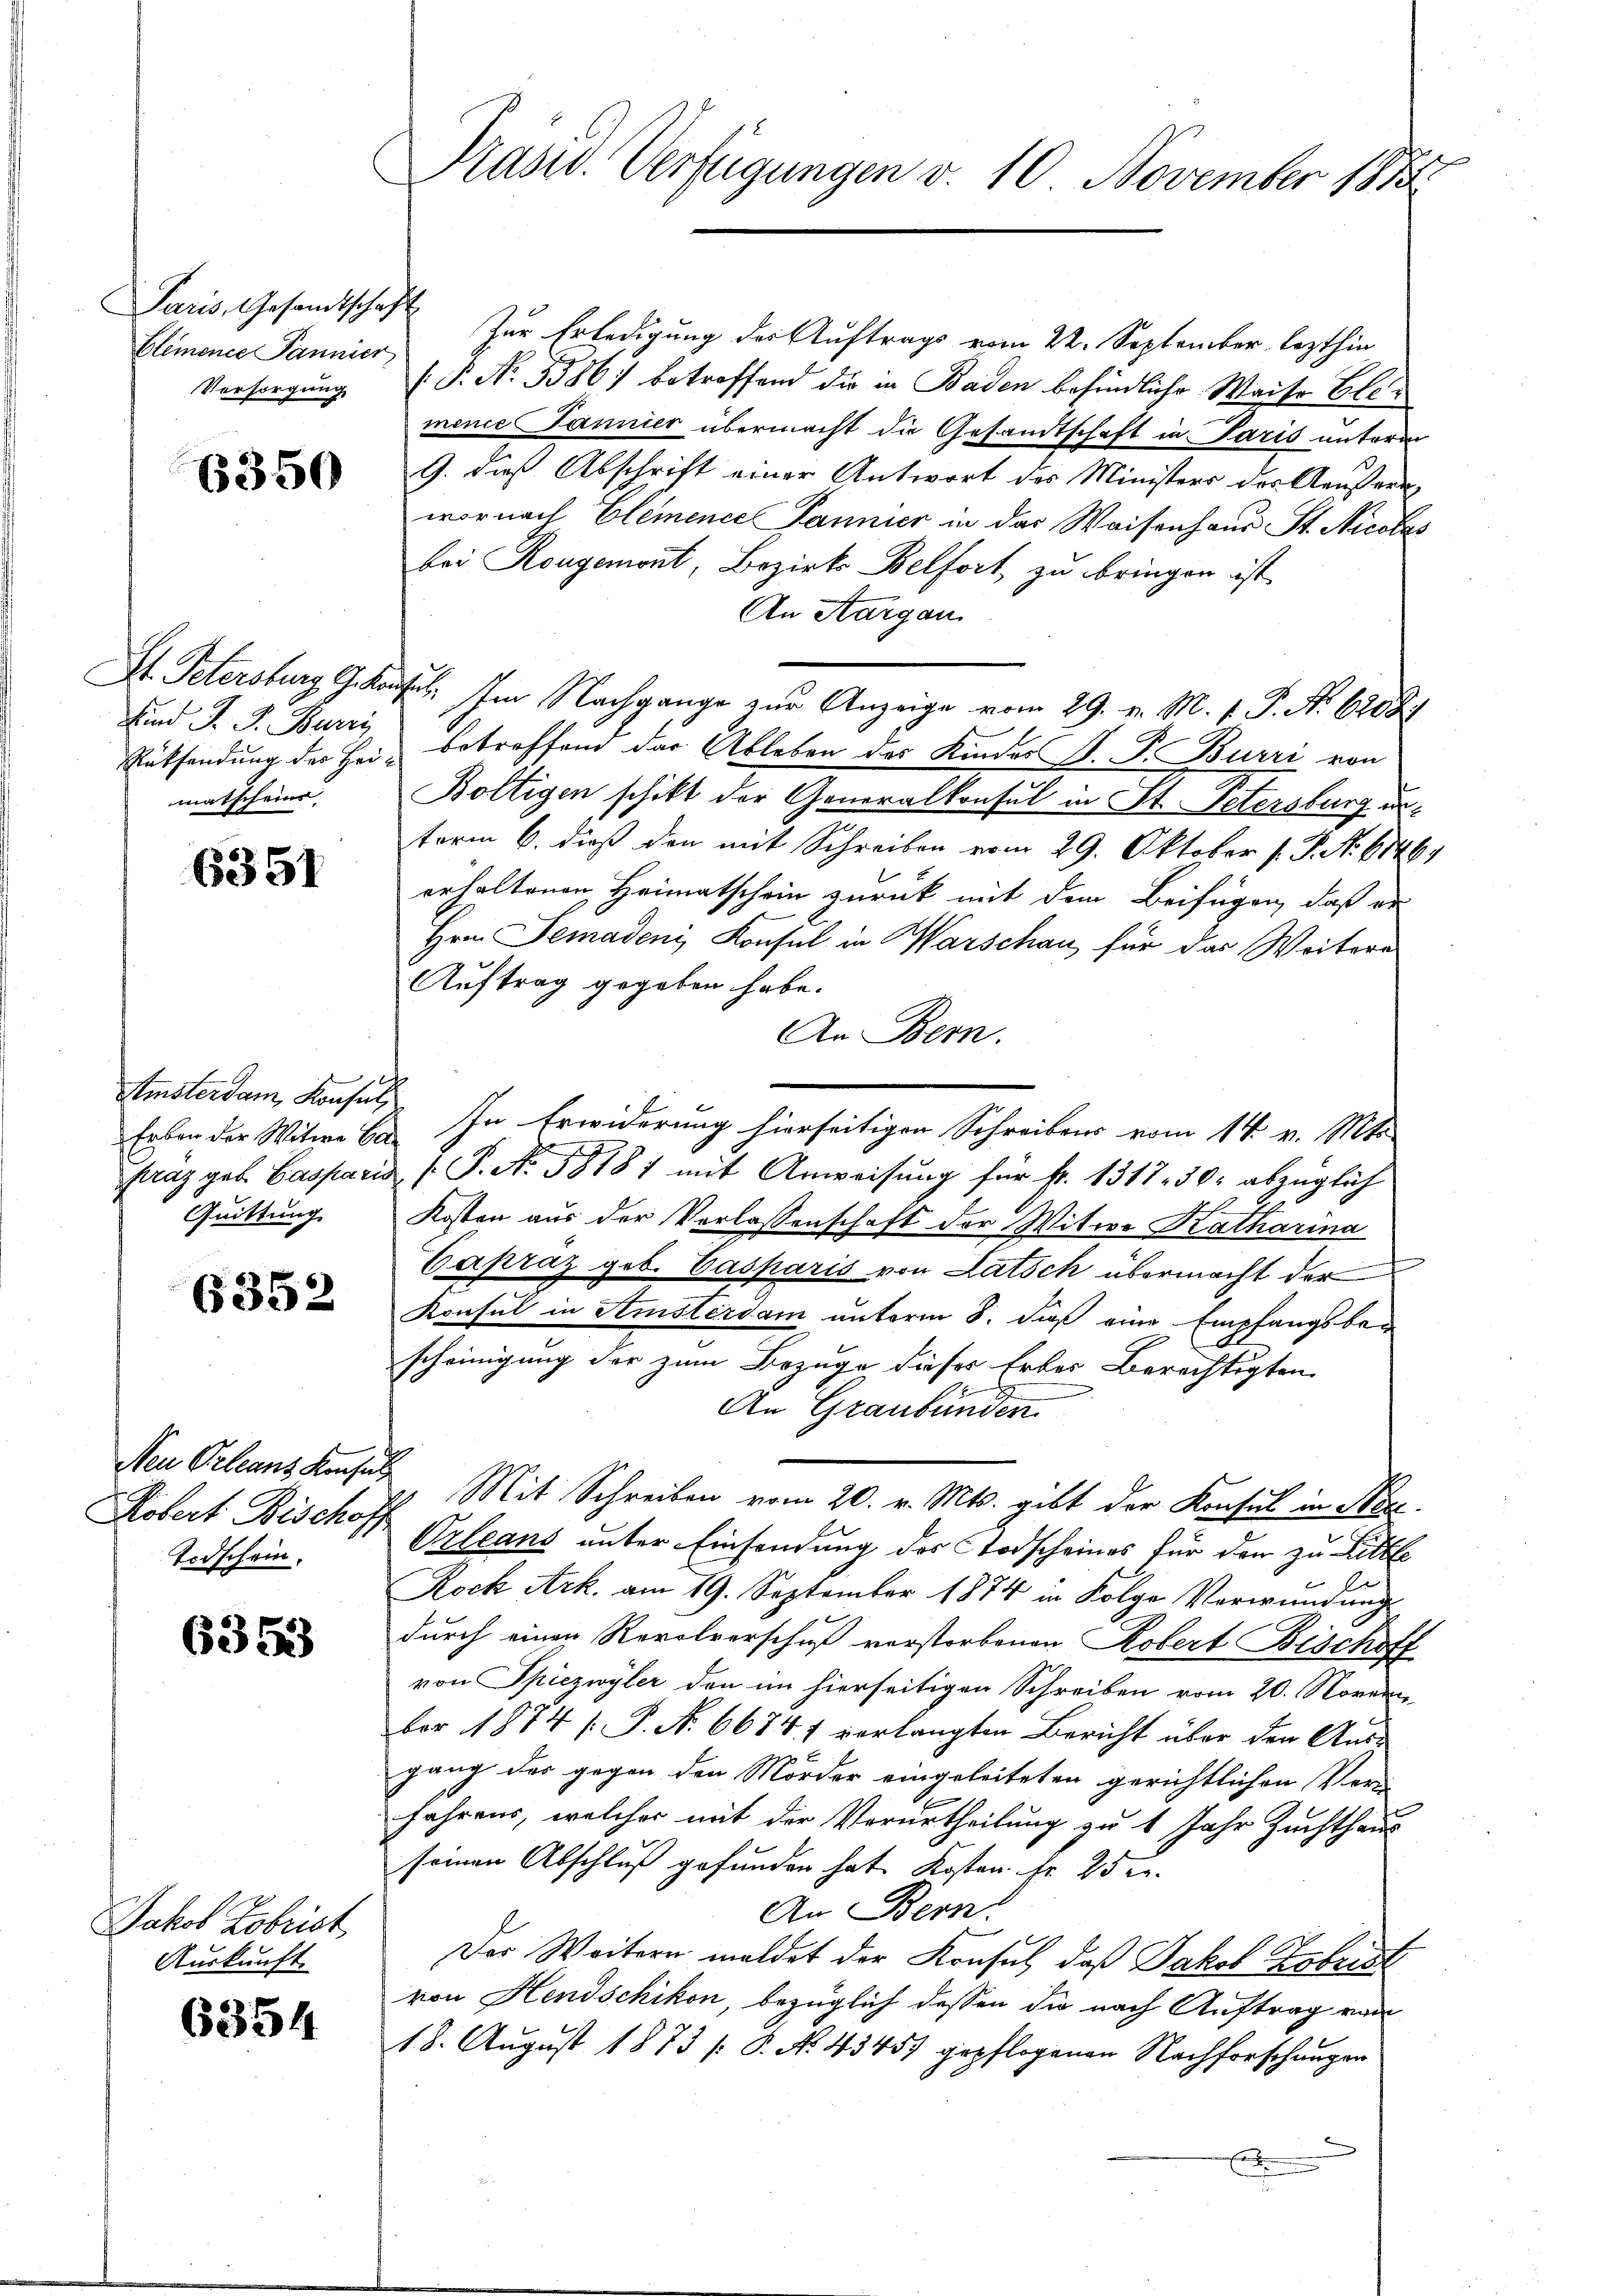
Paris, Gesandtschaft
Blemonie Pannier

6350

Rücksendung der Heimatscheine

6351

tinsterdam Konsul
Quittung

6352

Neu Orleans Konsul
Kobert Bischoff
Todschein.

6353

Jakob Kobrist
Auskunft.

6354

Präsid. Verfügungen v. 10. November 1883

Zur Erledigung der Auftrags vom 22. September lezthin
Versorgung (P. Nr. 5386) betreffend die in Baden befindliche Waiser Elemence Jannier übermacht die Gesandtschaft in Paris unterm
9. dies Abschrift einer Antwort des Ministers der Aeussern
wornach Elemence Pannier in das Waisenhaus St. Nicolas
bei Rougemont, Bezirks Belfort zu bringen ist,
An Aargau
St. Petersburg Gekaufen. Im Nachgange zur Anzeige vom 29. v. M. v. P. Nr. 6208)
Hund J. J. Burri, betreffend der Ableben des Kindes V. P. Burri von
Boltigen schikt der Generalkonsul in St. Petersburg anterm 6. dieß den mit Schreiben vom 29. Oktober v. J. No. 6146)
erhaltenen Heimatschein zurück mit dem Beifügen, daß er
Hrn. Semadeni, Konsul in Warschau, für das Weiteres
Auftrag gegeben habe.
An Bern.
Erben der Witwe E. In Erwiderung hierseitigen Schreibens vom 14. v. Mts.
kräg gab Casparis P. No. 58181 mit Anweisŭng für fr. 1317. 30. abzüglich
Kosten aus der Verlassenschaft der Witwe Katharina
Capraz geb. Casparis von Latsch übermacht der
Konsul in Amsterdam unterm 8. daß eine Empfangsbescheinigung der zum Bezuge dieser Erbes Berechtigten
A
An Graubünden
Mit Schreiben vom 20. v. Mts. gibt der Konsul in Nr.
Orleans unter Einsendung des Todscheines für den zu Litte
Rock Ark. am 19. September 1874 in Folge Verwundungs
durch einen Revolverschuß vorstorbenen Robert Bischoff
von Spiezwyler den im hierseitigen Schreiben vom 20. Novem
ber 1874 [ P. Nr. 6674, 1 verlangten Bericht über den Ausgang des gegen den Mörder eingeleiteten gerichtlichen Ver-
fahrens, welcher mit der Verurtheilung zu 1 Jahr Zuchthaus
seinen Abschluß gefunden hat Kosten Nr. 25 l.
An Bern:
Der Weitern meldet der Konsul, daß Jakob Esbrist
von Hendschikon, bezüglich dessen die nach Auftrag von
18. August 1873 [P. No. 43457 gepflogenen Nachforschungen
.